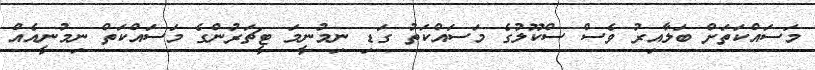
މަސައްކަތަށް ބަލާއިރު ވެސް ސްކޫލުގެ މަސައްކަތު ގަޑި ނިމުނީމަ ޓީޗަރުންގެ މަސައްކަތް ނިމުނީއެއް